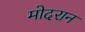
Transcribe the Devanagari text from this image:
मोदरान